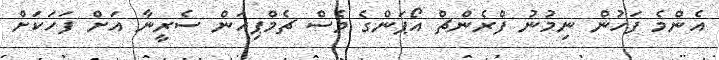
އެންމެ ފަހުން ނިމުނު ފްރެންޗް އޯޕަންގެ ވެސް ޗެމްޕިއަން ސެރީނާ އަށް ފަހަކަށް